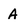
Character: a